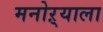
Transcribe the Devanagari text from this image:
मनोऱ्याला